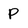
Character: P